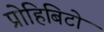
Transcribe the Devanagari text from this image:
प्रोहिबिटो